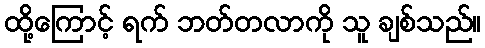
ထို့ကြောင့် ရက် ဘတ်တလာကို သူ ချစ်သည်။